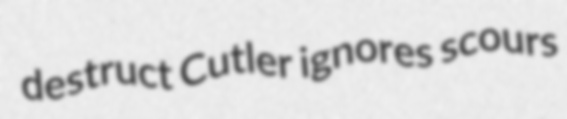
destruct Cutler ignores scours